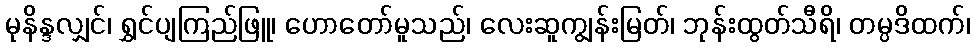
မုနိန္ဒလျှင်၊ ရွှင်ပျကြည်ဖြူ၊ ဟောတော်မူသည်၊ လေးဆူကျွန်းမြတ်၊ ဘုန်းထွတ်သီရိ၊ တမ္ပဒိထက်၊